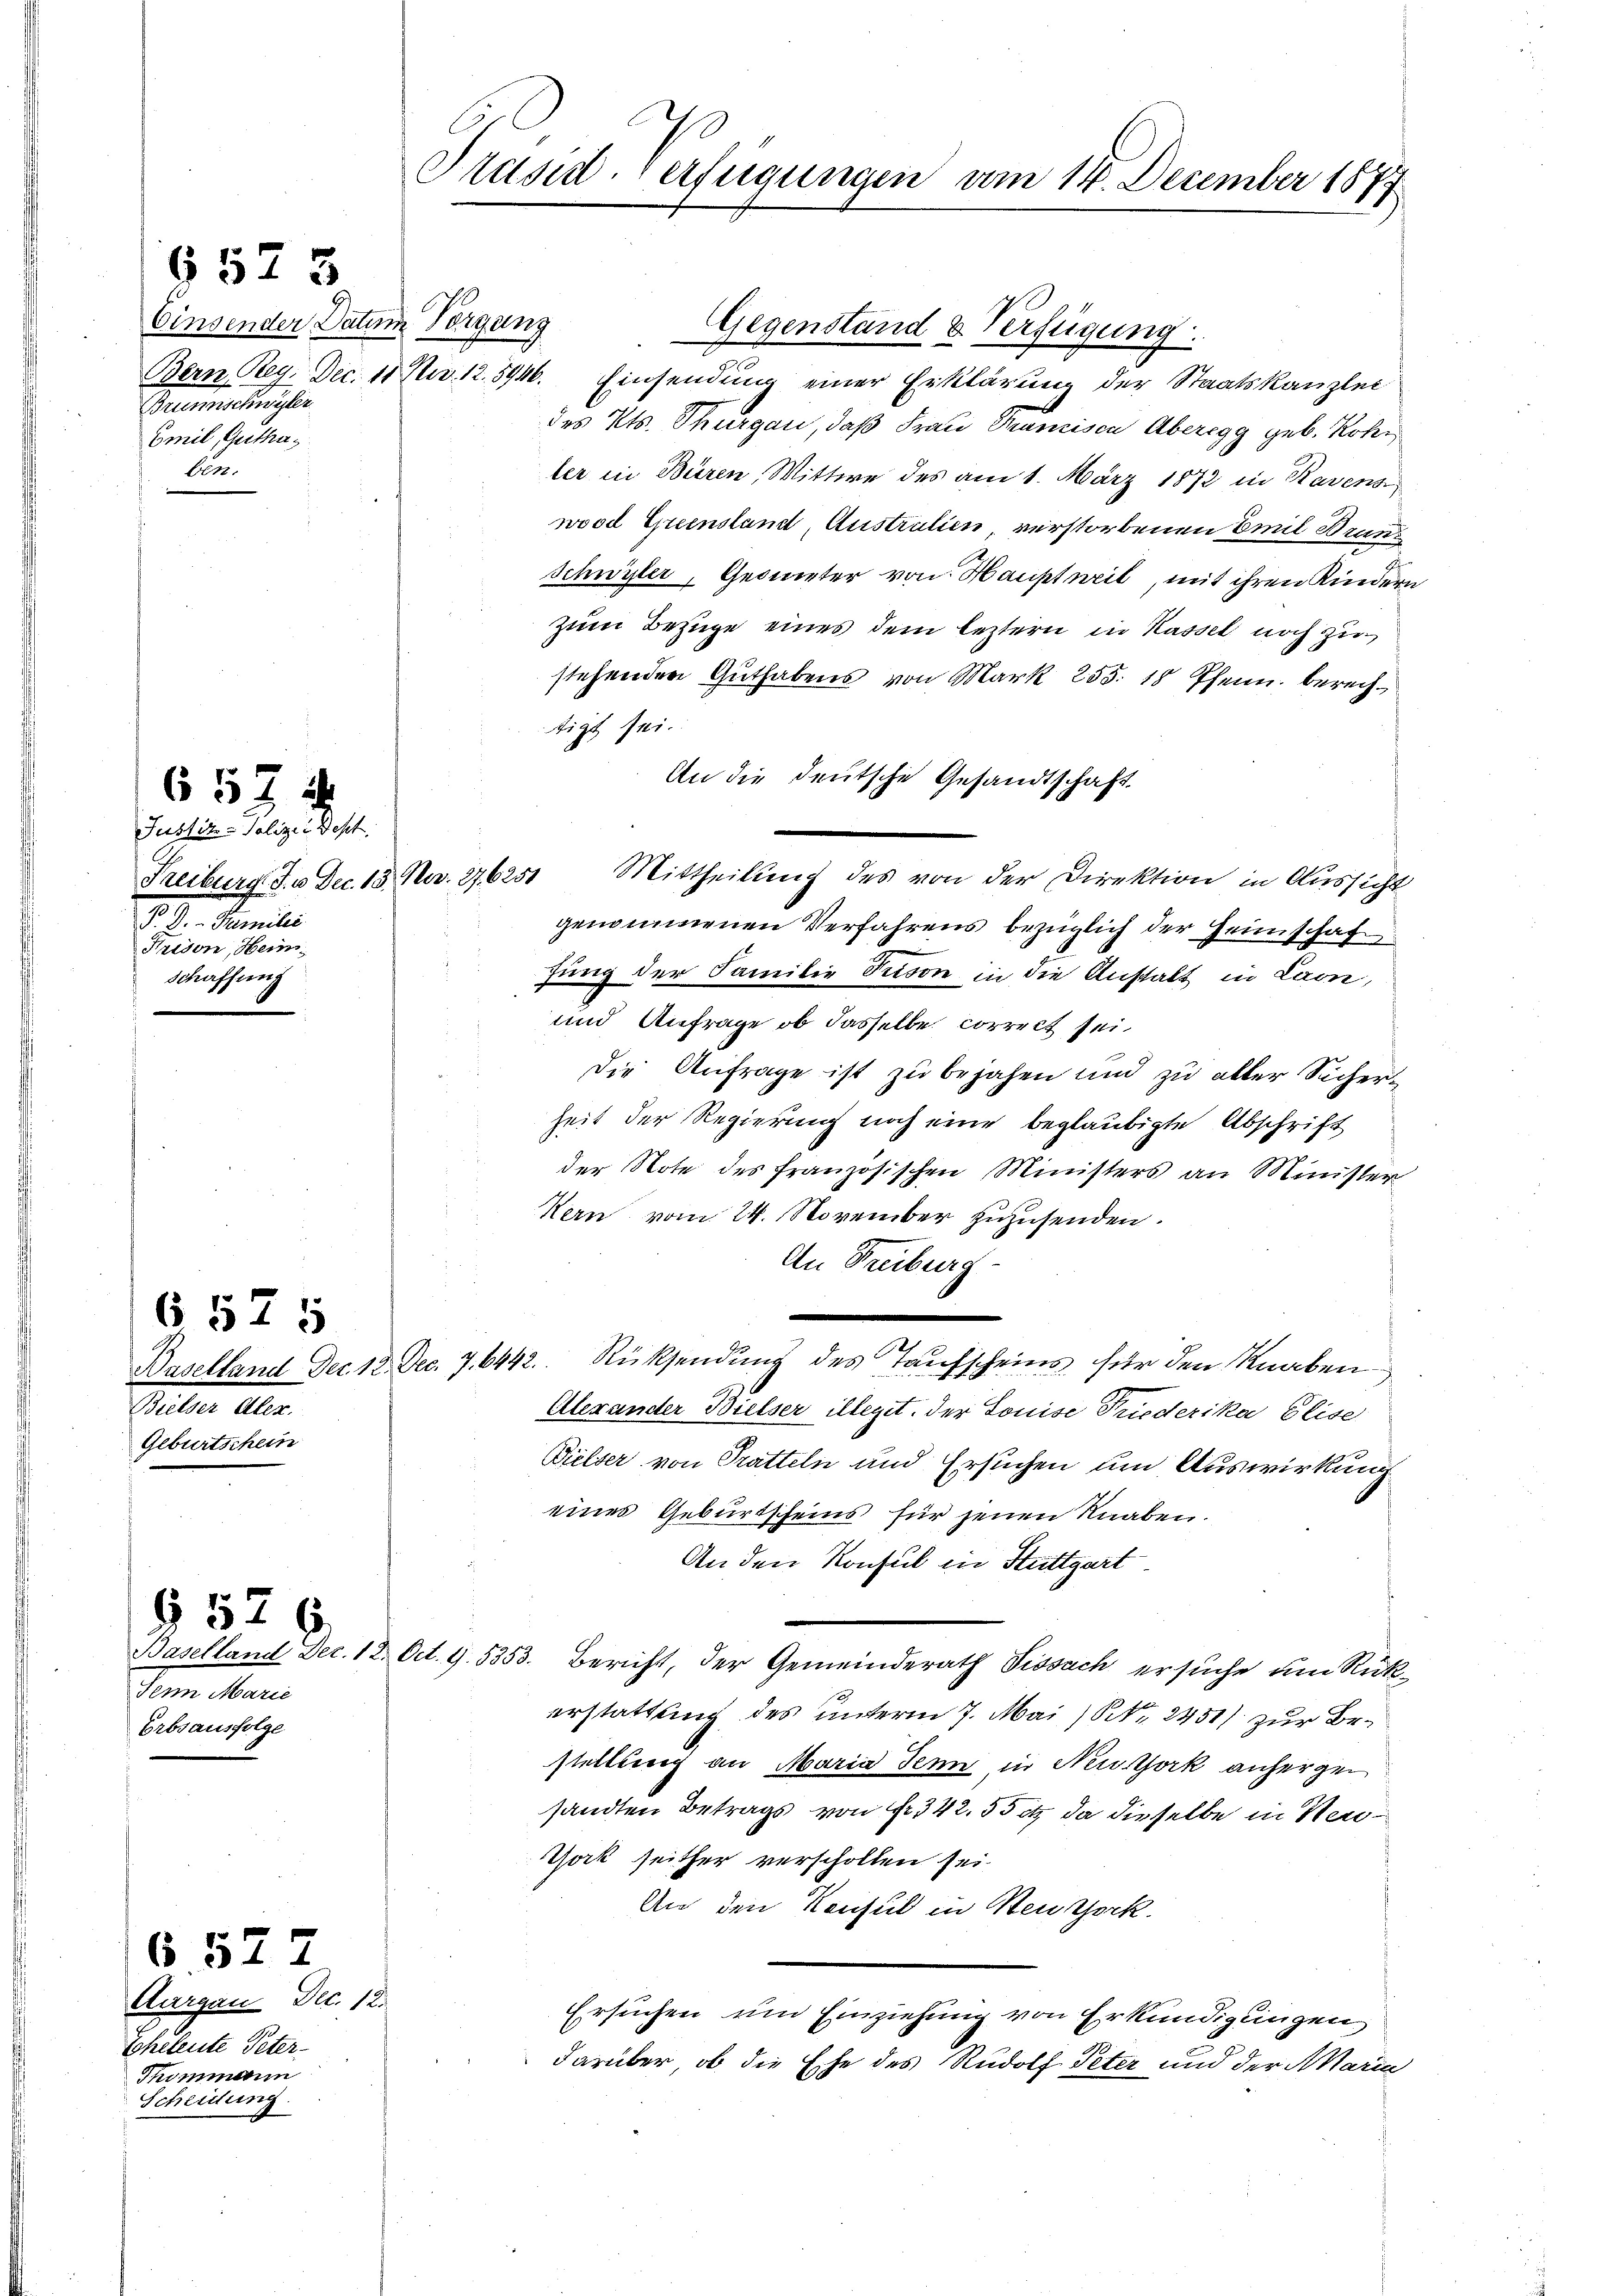
Einsender Datum Vorgung
Buerimschniker
Emil Guthaben.

6573

Justiz-Polizei Best
P. D. - Familie
Trison, Hein
Schaffung

653 x

Suter Aus
Geburtschein

6575

§ 526

6. 527.

Serm Marie
Erbsausfolge

Aargau Dec. 12.
Eheleute Peter-
Thommann
Scheidung.

Präsid. Verfügungen am 14. December 1877

Gegenstand & Verfügung
Bern Reg. Dec. 11. No. 12. 5946. Einsendung einer Erklärung der Staatskanzlei
des Kts. Thurgau, daß Frau Tramisen Aberegg geb. Rohler in Büren, Wittwe des am 1. März 1872 in Ravens
wood Eheenstand, Australien, verstorbenen Emil Brun¬
Schwyler, Geometer von Hauptweil, mit ihren Kindern
zum Bezüge eines dem leztern in Kassel noch zu
stehenden Guthabens von Mark 255. 18 Pfenn. berechtigt sei.
An die deutsche Gesandtschaft.
Freiburg J.. Dec. 15. No. 276251 Mittheilŭng des von der Direktion in Aussicht
genommenen Verfahrens bezüglich der Heimschaf
hung der Familie Tison in die Anstalt in Laon,
und Anfrage ob dasselbe correct sei.
Die Anfrage ist zu bejahen und zu aller Sicherheit der Regierung noch eine beglaubigte Abschrift
der Note des französischen Ministers an Minister
Kern vom 24. November zuzusenden.
An Freiburg-

Baselland Dec. 18. Dec. 7. 6442. Rücksendung des Taufscheins für den Knaben
Alexander Bielser illegit. der Louise Friederika Elise
Bielser von Pratteln und Ersuchen um Auswirkung
eines Geburtscheins für jenen Knaben.
An den Konsul in Stuttgart
Baselland Dec. 12. Oct. 1. 5353. Bericht, der Gemeinderath Vissach ersuche um Rückerstattung des unterm 7. Mai (Nr. 2451) zur Bestellung an Maria denn, in Neuthork anhergen
sandten Betrags von Nr. 342. 55 c. da dieselbe in Neu¬
York seither verschollen sei.
An den Konsul in Neuzock.
Ersuchen um Einziehung von Erkundigungen
darüber, ob die Ehe des Rudolf Peter und der Maria